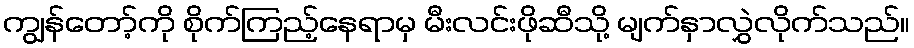
ကျွန်တော့်ကို စိုက်ကြည့်နေရာမှ မီးလင်းဖိုဆီသို့ မျက်နှာလွှဲလိုက်သည်။